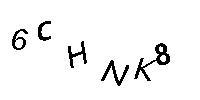
6CHNK8